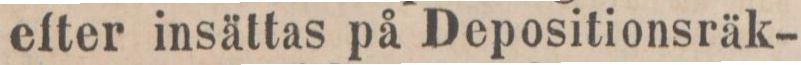
efter insättas på Depositionsräk-